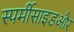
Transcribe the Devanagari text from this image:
स्पर्मीसाइडऔर